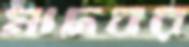
মাদবর